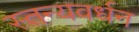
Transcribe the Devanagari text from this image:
स्तन्यवर्धन